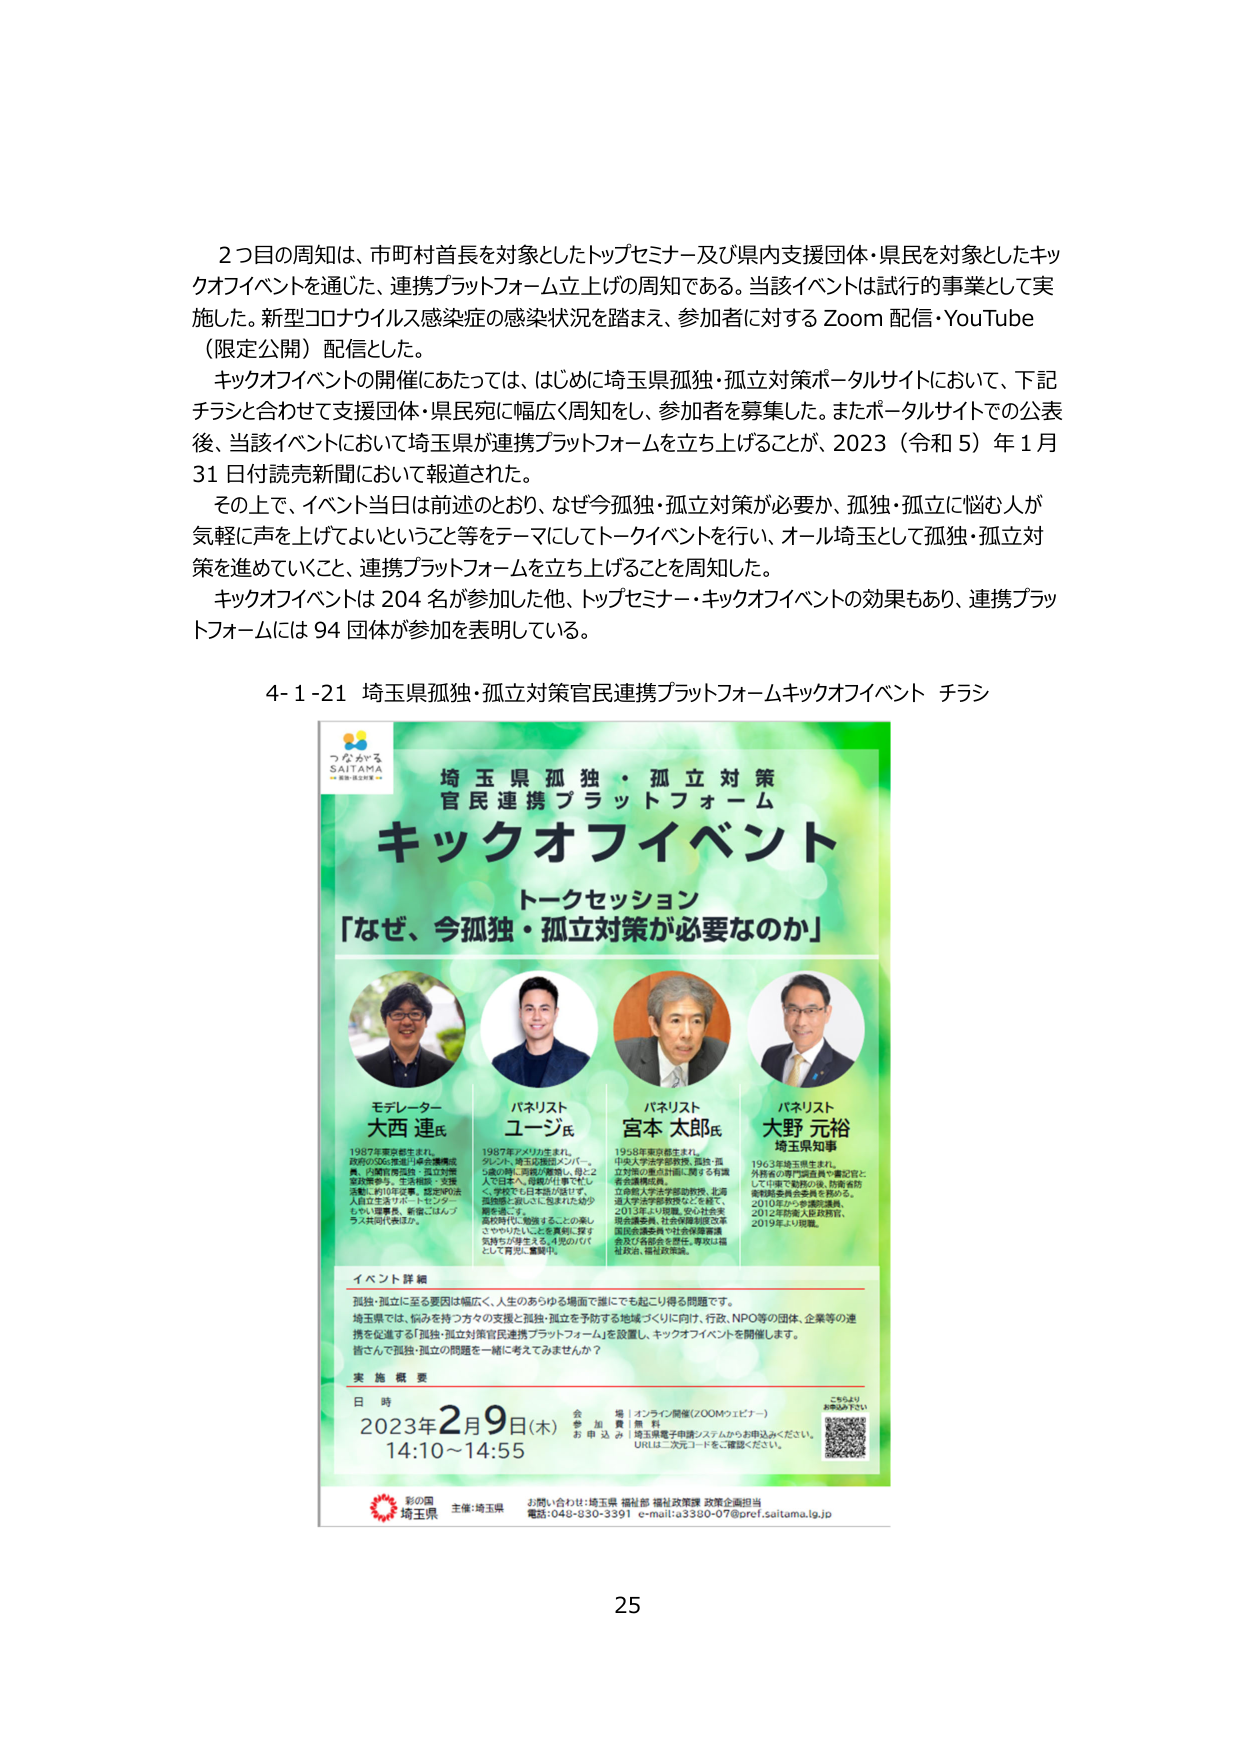
2つ目の周知は、市町村首長を対象としたトップセミナー及び県内支援団体・県民を対象としたキックオフイベントを通じた、連携プラットフォーム立上げの周知である。当該イベントは試行的事業として実施した。新型コロナウイルス感染症の感染状況を踏まえ、参加者に対するZoom配信・YouTube（限定公開）配信とした。

キックオフイベントの開催にあたっては、はじめに埼玉県孤独・孤立対策ポータルサイトにおいて、下記チラシと合わせて支援団体・県民宛に幅広く周知をし、参加者を募集した。またポータルサイトでの公表後、当該イベントにおいて埼玉県が連携プラットフォームを立ち上げることが、2023（令和5）年1月31日付読売新聞において報道された。

その上で、イベント当日は前述のとおり、なぜ今孤独・孤立対策が必要か、孤独・孤立に悩む人が気軽に声を上げてよいということ等をテーマにしてトークイベントを行い、オール埼玉として孤独・孤立対策を進めていくこと、連携プラットフォームを立ち上げることを周知した。

キックオフイベントは204名が参加した他、トップセミナー・キックオフイベントの効果もあり、連携プラットフォームには94団体が参加を表明している。

4-1-21 埼玉県孤独・孤立対策官民連携プラットフォームキックオフイベント チラシ

つながる
SAITAMA
～県民と未来～

埼玉県孤独・孤立対策
官民連携プラットフォーム
キックオフイベント
トークセッション
「なぜ、今孤独・孤立対策が必要なのか」

モデレーター
大西 連氏
1987年東京生まれ。
政府のODA推進に係る機構委員、内閣官房国際・孤立対策協力担当、生活困窮・支援活動に約10年従事。認定NPO法人自立生活サポートセンターちかい理事長。新宿こはんプラス共同代表ほか。

パネリスト
ユージ氏
1987年アメリカ生まれ。
グレート・オーストラリア・バリー、5歳の時に両親が離婚し、母と2人で日本へ。母親が仕事で忙しく、学校で日本語が話せず、孤独感に苦しむこと。抱えた幼少期を過ごす。
高校時代に勉強することの楽しさややりたいことを真剣に探す気持ちが芽生える。小説の力で心として育つ。奮闘中。

パネリスト
宮本 太郎氏
1958年東京都生まれ。
中央大学法学部教授。孤独・孤立対策の重点計画に関する有識者会議構成員。
立命館大学法学部助教授、北海道大学法学部教授などを経て、2013年より現職。安心社会実現会議委員、社会保障制度改革国民会議委員や社会保障審議会及び各部会を歴任。専攻は福祉政策、福祉政策論。

パネリスト
大野 元裕
埼玉県知事
1963年埼玉県生まれ。
外務省の専門調査員や審議官として中東で勤務の後、防衛省防衛政策局企画課長を務める。
2010年から参議院議員。
2012年埼玉県知事選挙、
2019年より現職。

イベント詳細
孤独・孤立に至る要因は幅広く、人生のあらゆる場面で誰にでも起こり得る問題です。
埼玉県では、悩みを持つ方々の支援と孤独・孤立を予防する地域づくりに向け、行政、NPO等の団体、企業等の連携を促進する「孤独・孤立対策官民連携プラットフォーム」を設置し、キックオフイベントを開催します。
皆さんで孤独・孤立の問題を一緒に考えてみませんか？

実施概要
日 時 2023年2月9日（木） 14:10～14:55
会 場 オンライン開催（ZOOMウェビナー）
参加費 無 料
お申込み 埼玉県電子申請システムからお申込みください。
URLは二次元コードをご確認ください。

こちらより
お申込み下さい

彩の国
埼玉県
主催：埼玉県
お問い合わせ：埼玉県 編集部 編集政策課 政策企画担当
電話：048-830-3391 e-mail：a8300-07@pref.saitama.lg.jp

25